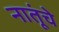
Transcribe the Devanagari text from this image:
नातूंचे